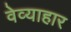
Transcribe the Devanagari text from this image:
वेव्याहार